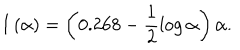
I \left( \alpha \right) = \left( { 0 . 2 6 8 - \frac { 1 } { 2 } \log \alpha } \right) \alpha .